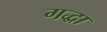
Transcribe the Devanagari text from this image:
गद्धा